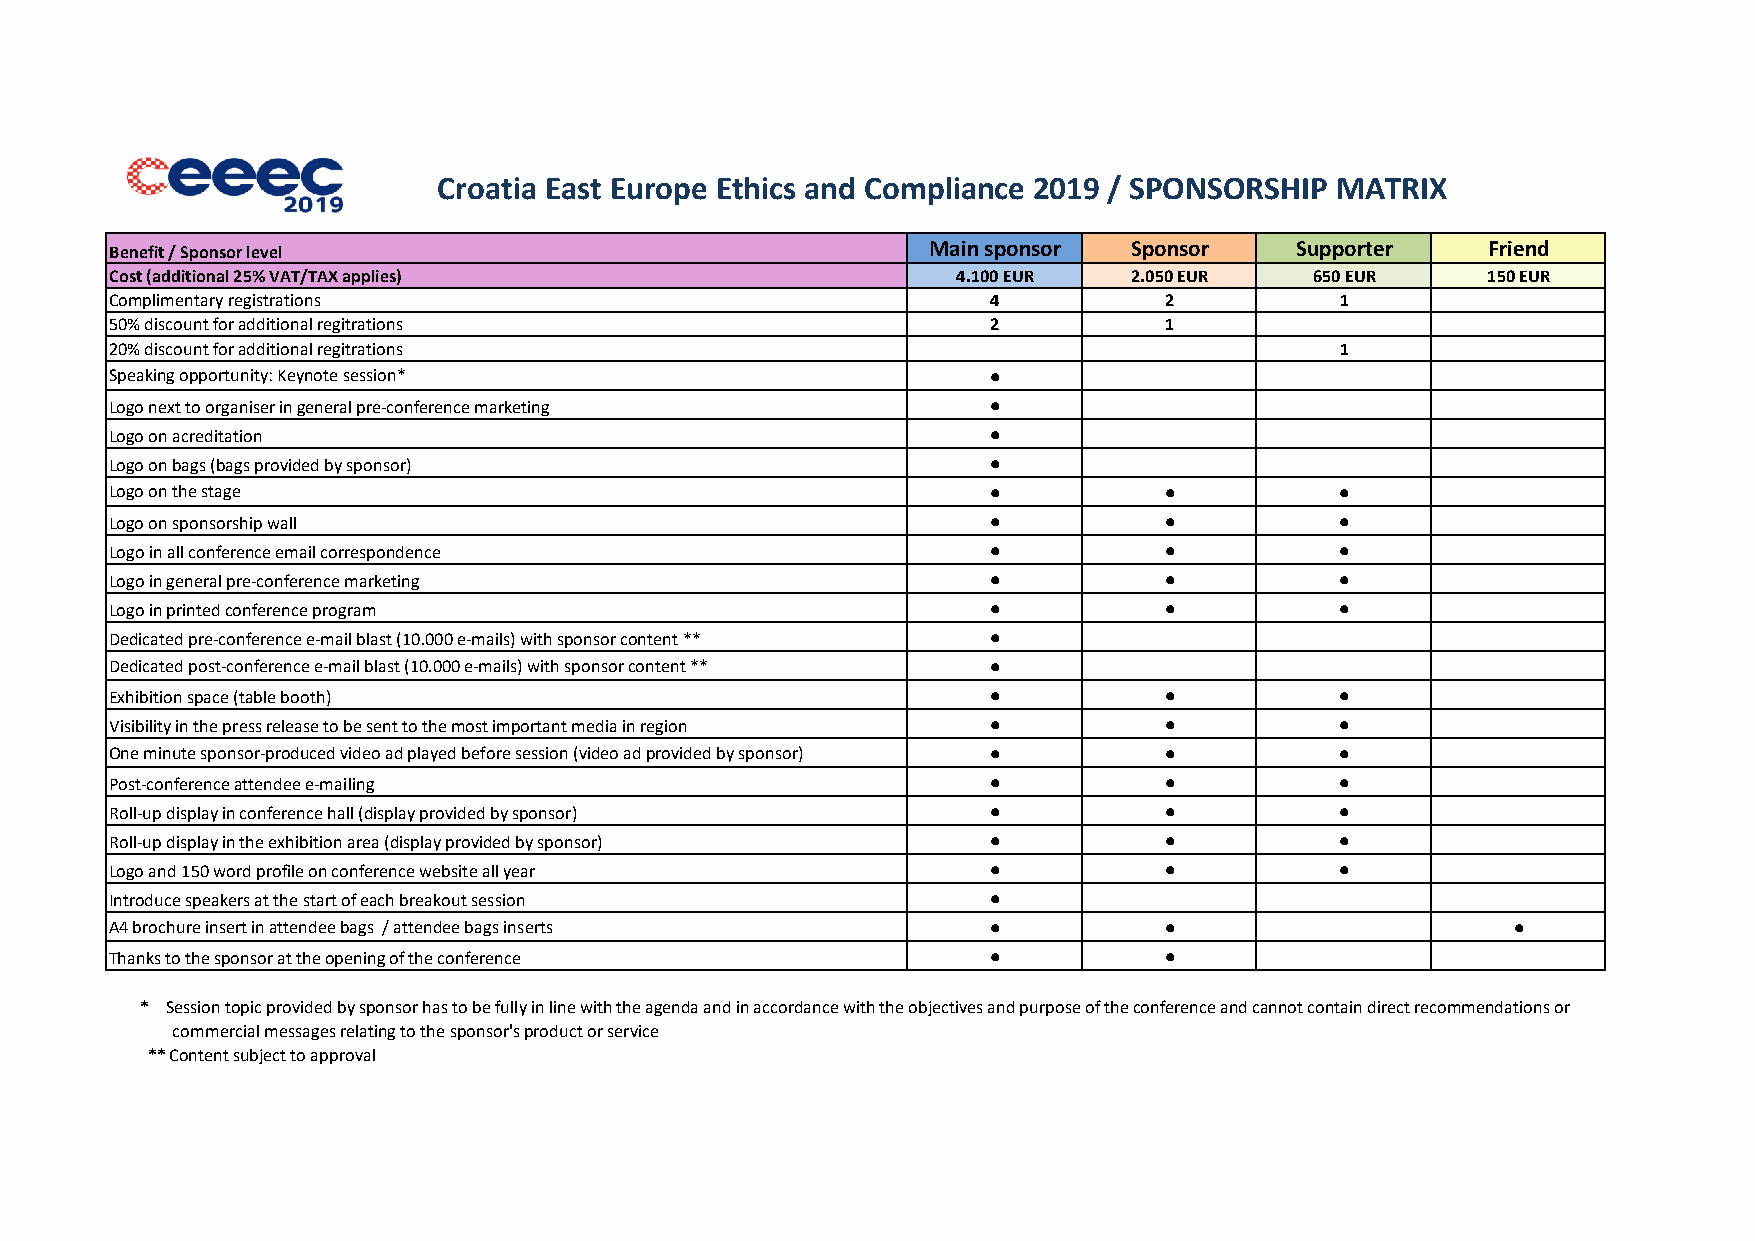
Croatia East Europe Ethics and Compliance 2019 / SPONSORSHIP MATRIX
 Benefit / Sponsor level                               Main sponsor  Sponsor    Supporter   Friend
 Cost (additional 25% VAT/TAX applies)                   4.100 EUR   2.050 EUR   650 EUR    150 EUR
 Complimentary registrations                                4          2           1
 50% discount for additional regitrations                   2          1
 20% discount for additional regitrations                                          1
 Speaking opportunity: Keynote session*                     
 Logo next to organiser in general pre-conference marketing 
 Logo on acreditation                                       
 Logo on bags (bags provided by sponsor)                    
 Logo on the stage                                                               
 Logo on sponsorship wall                                                        
 Logo in all conference email correspondence                                     
 Logo in general pre-conference marketing                                        
 Logo in printed conference program                                              
 Dedicated pre-conference e-mail blast (10.000 e-mails) with sponsor content ** 
 Dedicated post-conference e-mail blast (10.000 e-mails) with sponsor content ** 
 Exhibition space (table booth)                                                  
 Visibility in the press release to be sent to the most important media in region   
 One minute sponsor-produced video ad played before session (video ad provided by sponsor)   
 Post-conference attendee e-mailing                                              
 Roll-up display in conference hall (display provided by sponsor)                
 Roll-up display in the exhibition area (display provided by sponsor)            
 Logo and 150 word profile on conference website all year                        
 Introduce speakers at the start of each breakout session   
 A4 brochure insert in attendee bags / attendee bags inserts                                
 Thanks to the sponsor at the opening of the conference               
 * Session topic provided by sponsor has to be fully in line with the agenda and in accordance with the objectives and purpose of the conference and cannot contain direct recommendations or
 commercial messages relating to the sponsor's product or service
 ** Content subject to approval